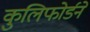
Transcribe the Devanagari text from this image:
कुलिफोर्डने